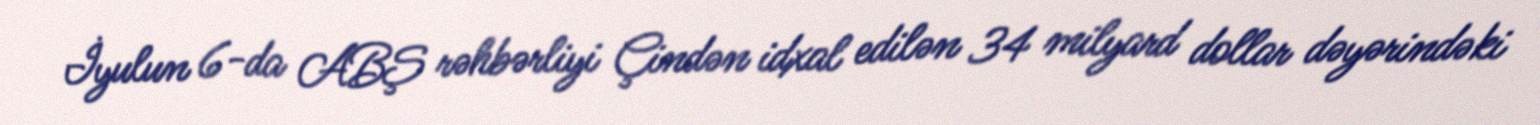
İyulun 6-da ABŞ rəhbərliyi Çindən idxal edilən 34 milyard dollar dəyərindəki